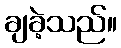
ချခဲ့သည်။